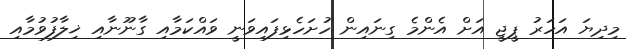
މިދިޔަ އަހަރު ޕީޖީ އަށް އެންމެ ގިނައިން ހުށަހެޅިފައިވަނީ ވައްކަމާއި ގާނޫނާއި ޚިލާފުވުމާއި